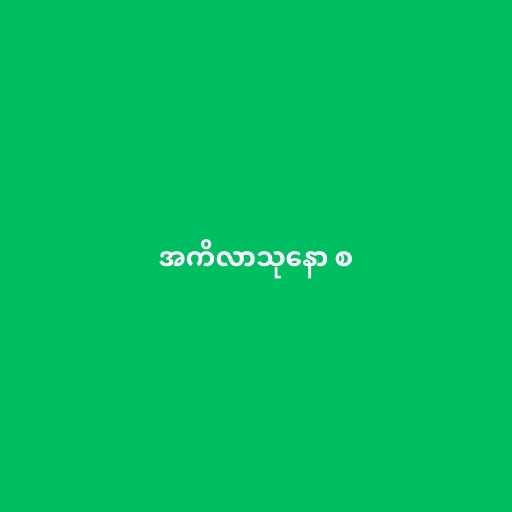
အကိလာသုနော စ